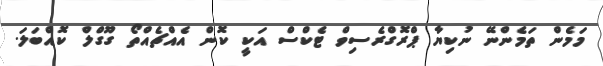
މަމެން ތަމެންނޭ ނުކިޔާ ޕްރޮގްރެސިވް ޓެކްސް އަކީ ކޮން އެއްޗެއްތޯ ގޫގްލް ކޮއްބަލަ.